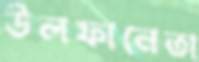
উলফানেতা